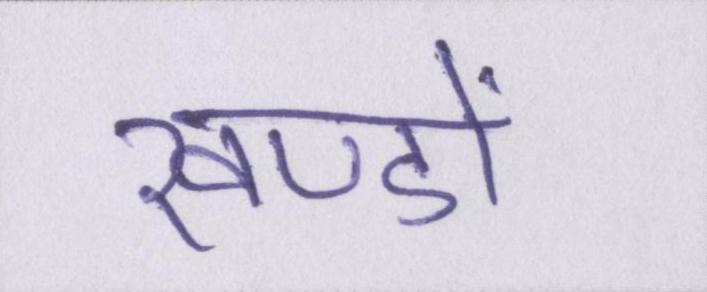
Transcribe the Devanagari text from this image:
खण्डों